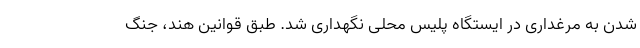
شدن به مرغداری در ایستگاه پلیس محلی نگهداری شد. طبق قوانین هند، جنگ